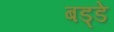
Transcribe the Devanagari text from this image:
बड्डे